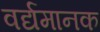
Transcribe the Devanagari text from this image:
वर्द्यमानक